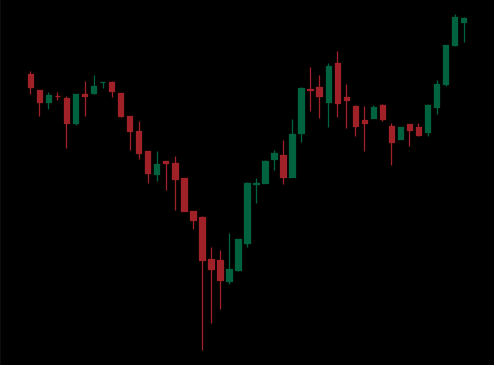
Pattern: inverse_head_shoulders